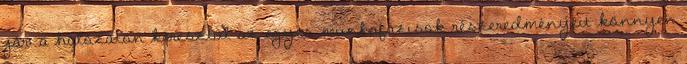
jár: a hálózaton keresztül az egyes munkafázisok részeredményeit könnyen